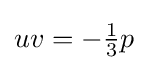
uv=-{\tfrac {1}{3}}p